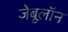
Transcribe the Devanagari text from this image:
जेबूलॉन